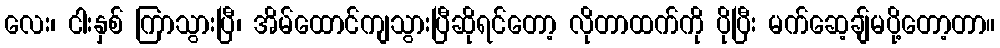
လေး၊ ငါးနှစ် ကြာသွားပြီ၊ အိမ်ထောင်ကျသွားပြီဆိုရင်တော့ လိုတာထက်ကို ပိုပြီး မက်ဆေ့ချ်မပို့တော့တာ။